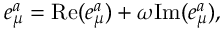
e _ { \mu } ^ { a } = \mathrm { R e } ( e _ { \mu } ^ { a } ) + \omega \mathrm { I m } ( e _ { \mu } ^ { a } ) ,